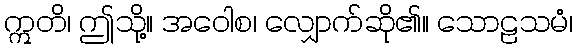
ဣတိ၊ ဤသို့။ အဝေါစ၊ လျှောက်ဆို၏။ သောဠသမံ၊